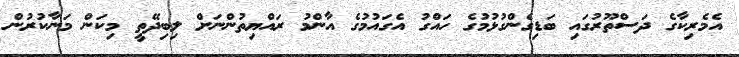
އެމެރިކާގެ ދަސްތޫރުގައި ބަޑިގެންގުޅުމުގެ ހައްގު އެގައުމުގެ އާންމު ރައްޔިތުންނަށް ލިބިދޭތީ މިކަން މަނާކުރުން